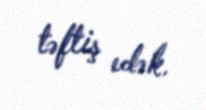
təftiş edək.